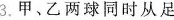
3.甲、乙两球同时从足